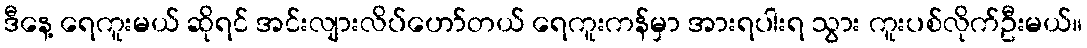
ဒီနေ့ ရေကူးမယ် ဆိုရင် အင်းလျားလိပ်ဟော်တယ် ရေကူးကန်မှာ အားရပါးရ သွား ကူးပစ်လိုက်ဦးမယ်။